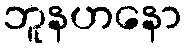
ဘူနဟနော